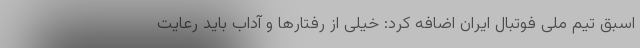
اسبق تیم ملی فوتبال ایران اضافه کرد: خیلی از رفتارها و آداب باید رعایت